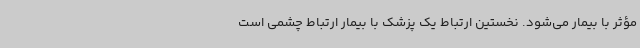
مؤثر با بیمار می‌شود. نخستین ارتباط یک پزشک با بیمار ارتباط چشمی است